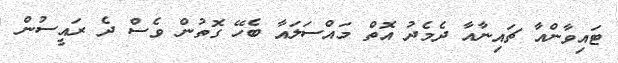
ޓައިވާންއާ ޗައިނާއާ ދެމެދު އޮތް މައްސަލައާ ބެހޭ ގޮތުން ވެސް ދެ ރައީސުން